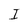
Character: I